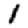
Digit: 1